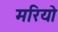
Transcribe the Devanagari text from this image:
मरियो